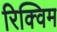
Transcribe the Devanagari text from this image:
रिक्विम